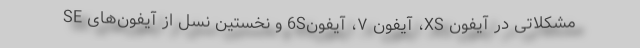
مشکلاتی در آیفون XS، آیفون ۷، آیفون6S و نخستین نسل از آیفون‌های SE